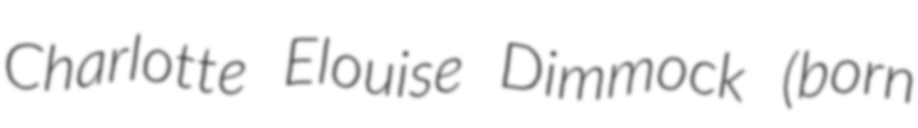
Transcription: Charlotte Elouise Dimmock (born